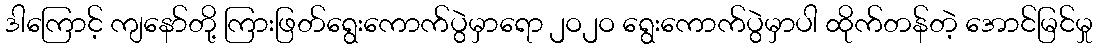
ဒါကြောင့် ကျနော်တို့ ကြားဖြတ်ရွေးကောက်ပွဲမှာရော ၂ဝ၂ဝ ရွေးကောက်ပွဲမှာပါ ထိုက်တန်တဲ့ အောင်မြင်မှု